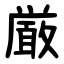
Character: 厳